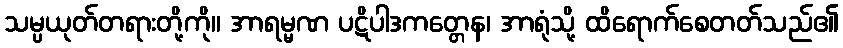
သမ္ပယုတ်တရားတို့ကို။ အာရမ္မဏ ပဋိပါဒကတ္တေန၊ အာရုံသို့ ထိရောက်စေတတ်သည်၏